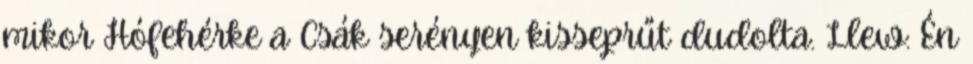
mikor Hófehérke a Csák serényen kisseprűt dudolta. Llew: Én